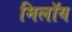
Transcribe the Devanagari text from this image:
मिलॉय